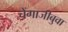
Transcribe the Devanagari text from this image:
चेंगाजीबुवा